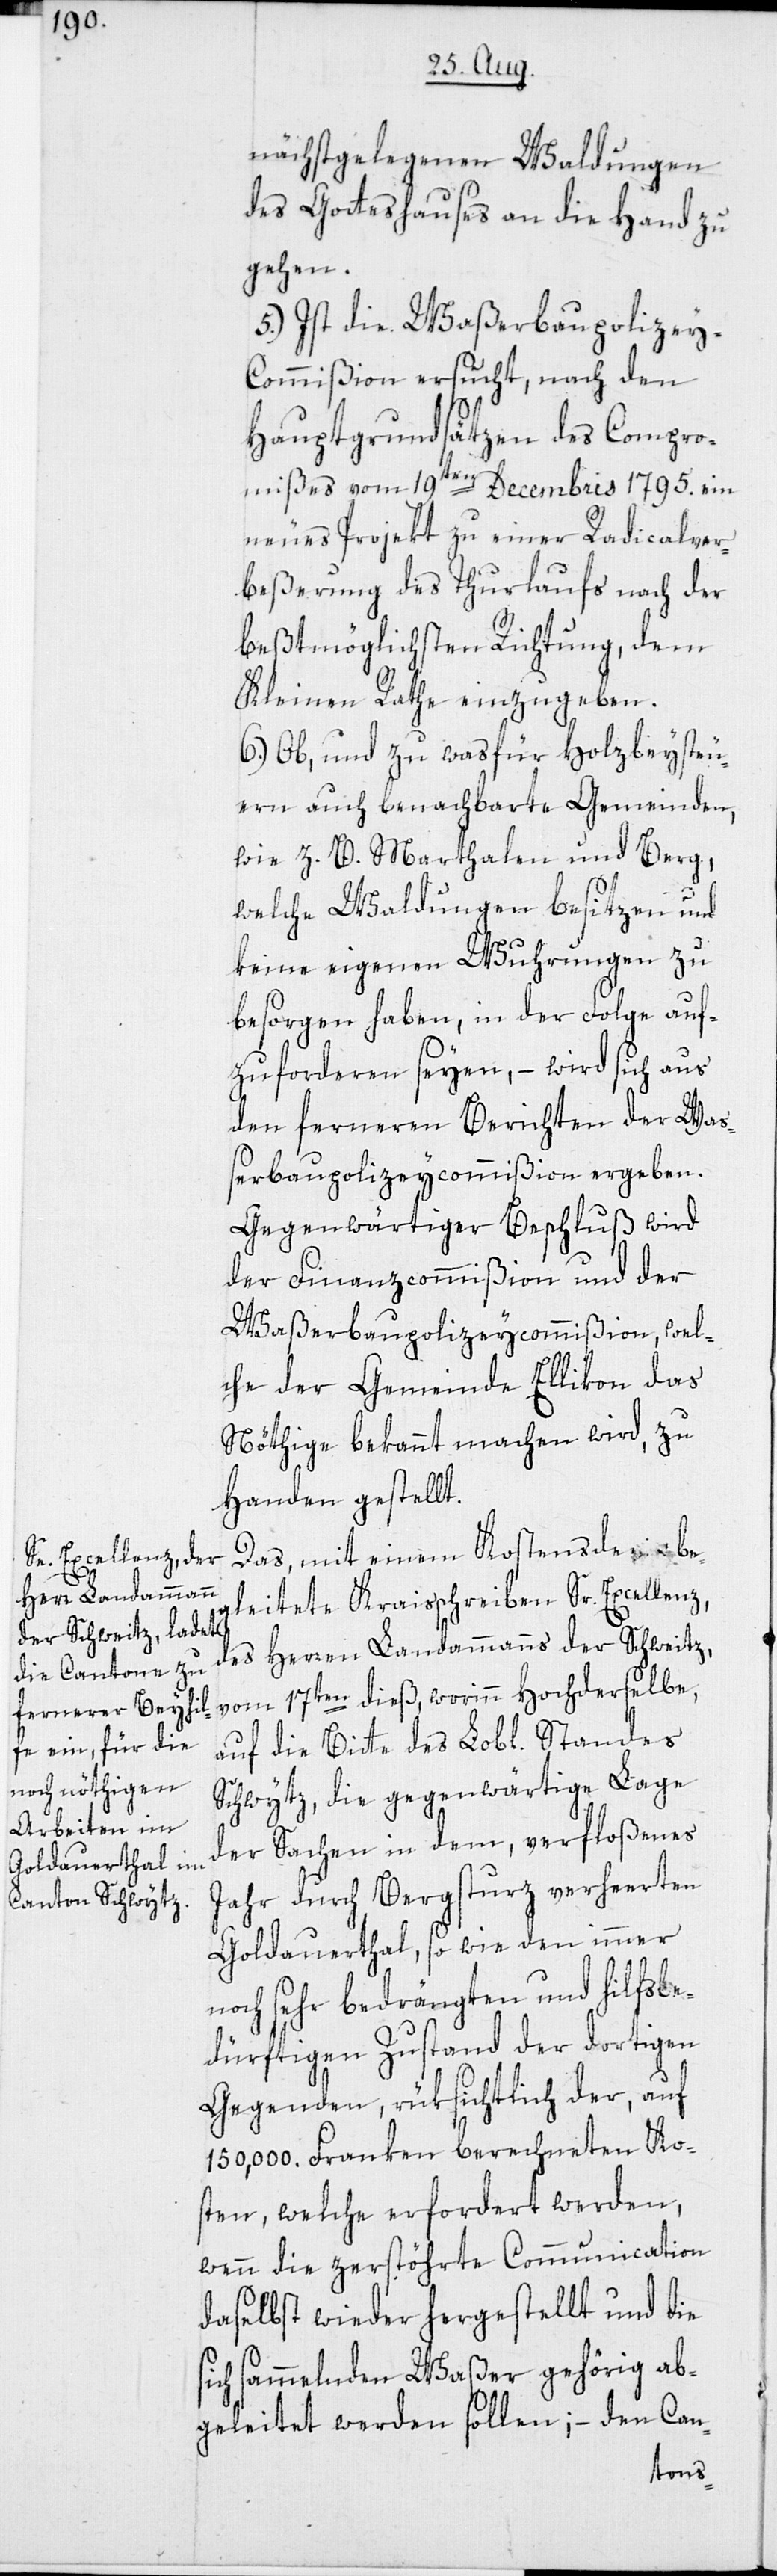
nächstgelegenen Waldungen
des Gotteshauses an die Hand zu
gehen.
5.) Ist die Waßerbaupolizey-C¬
ommißion ersucht, nach den
Hauptgrundsätzen des Compro¬
mißes vom 19ten Decembris 1795. ein
neues Projekt zu einer Radicalver¬
beßerung des Thurlaufs nach der
beßtmöglichsten Richtung, dem
Kleinen Rathe einzugeben.
6.) Ob, und zu was für Holzbeysteu¬
ern auch benachbarte Gemeinden,
wie z. B. Marthalen und Berg,
welche Waldungen besitzen und
keine eigenen Wuhrungen zu
besorgen haben, in der Folge auf¬
zuforderen seyen, – wird sich aus
den ferneren Berichten der Waß¬
erbaupolizeycommißion ergeben.
Gegenwärtiger Beschluß wird
der Finanzcommißion und der
Waßerbaupolizeycommißion, wel¬
che der Gemeinde Ellikon das
Nöthige bekannt machen wird, zu
Handen gestellt.
Das, mit einem Kostensde[?vis] beg¬
leitete Kraisschreiben Sr. Excellenz,
des Herren Landammanns der Schweitz,
vom 17ten dieß, worinn Hochderselbe,
auf die Bitte des Lobl. Standes
Schwytz, die gegenwärtige Lage
der Sachen in dem, verfloßenes
Jahr durch Bergsturz verheerten
Goldauerthal, so wie den immer
noch sehr bedrängten und hilfsbe¬
dürftigen Zustand der dortigen
Gegenden, rüksichtlich der, auf
150,000. Franken berechneten Ko¬
sten, welche erfordert werden,
wenn die zerstöhrte Communication
daselbst wieder hergestellt und die
ich sammelnden Waßer gehörig ab¬
geleitet werden sollen; – den Can-
s¬